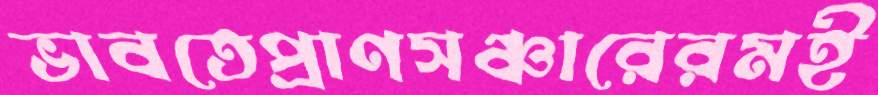
ভাবতেপ্রাণসঞ্চারেরমই